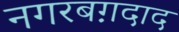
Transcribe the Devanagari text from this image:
नगरबग़दाद